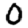
Digit: 0